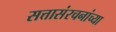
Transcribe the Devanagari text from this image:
सत्तासंरचनांच्या